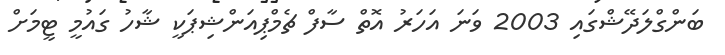
ބަންގްލަދޭޝްގައި 2003 ވަނަ އަހަރު އޮތް ސާފް ޗެމްޕިއަންޝިޕަކީ ޝާހު ގައުމީ ޓީމަށް